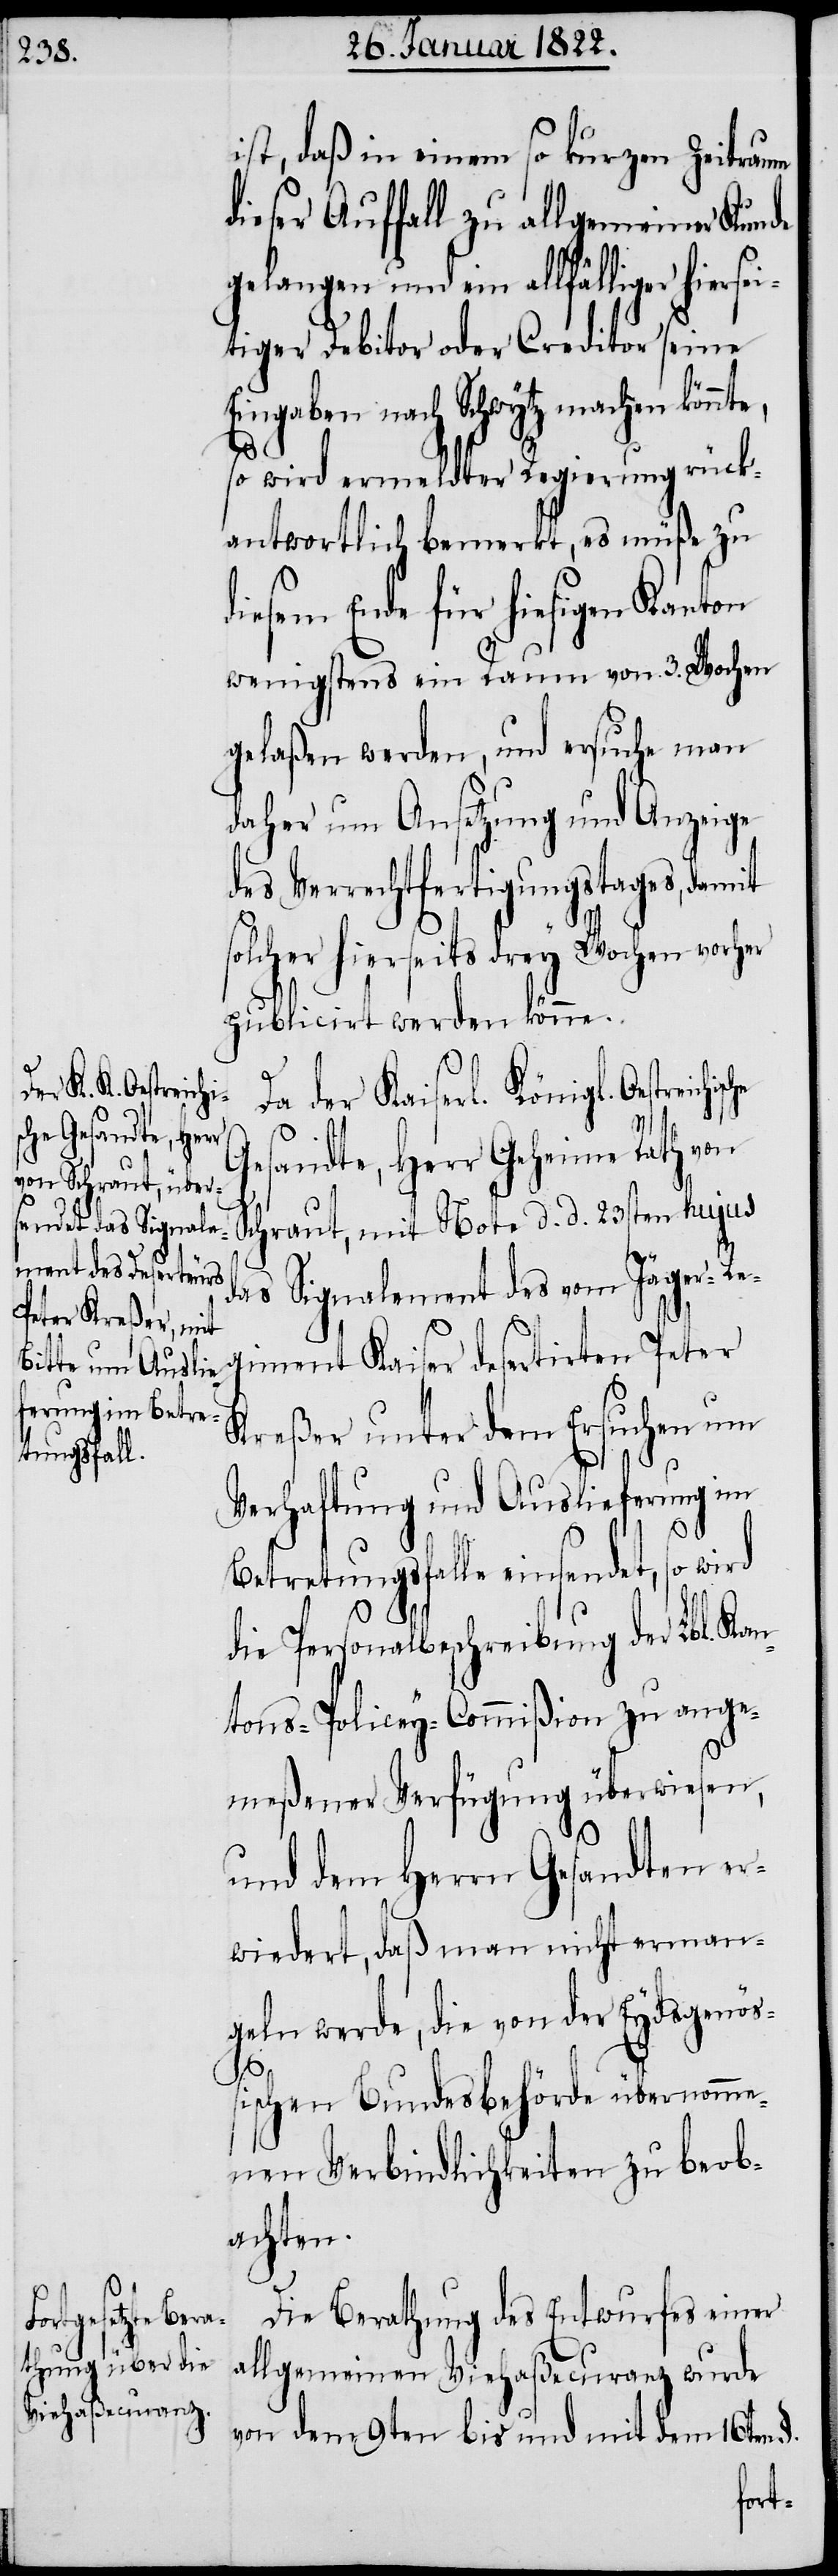
ist, daß in einem so kurzen Zeitraum
dieser Auffall zu allgemeiner Kunde
gelangen und ein allfälliger hiersei¬
tiger Debitor oder Creditor seine
Eingaben nach Schwytz machen könnte,
che
so wird ermeldter Regierung rück¬
antwortlich bemerkt, es müße zu
diesem Ende für hiesigen Kanton
wenigstens ein Raum von 3. Wochen
gelaßen werden, und ersuche man
daher um Ansetzung und Anzeige
des Verrechtfertigungstages, damit
solcher hierseits drey Wochen vorher
publicirt werden könne.
Da der Kaiserl. Königl. Oestreich¬
Gesandte, Herr Geheime Rath von
Schraut, mit Note d. d. 23sten hujus
das Signalement des vom Jäger-Re¬
giment Kaiser desertirten Peter
Kreßer unter dem Ersuchen um
Verhaftung und Auslieferung im
Betretungsfalle einsendet, so wird
die Personalbeschreibung der Lbl. Kan¬
tons-Policey-Commißion zu ange¬
meßener Verfügung überwiesen,
und dem Herrn Gesandten er¬
wiedert, daß man nicht erman¬
geln werde, die von der Eydsgenößi¬
schen Bundesbehörde übernomme¬
nen Verbindlichkeiten zu beob¬
achten.
Die Berathung des Entwurfes einer
allgemeinen Viehaßecuranz wurde
von dem 9ten bis und mit dem 16ten §.